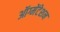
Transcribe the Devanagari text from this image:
ऑग्मेंटेशन